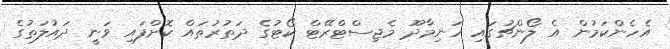
އެހެންކަމުން އެ ލޯންޗުގައި ހަނިމާދޫ މެޖިސްޓްރޭޓް ކޯޓުގެ ދަތުރުތައް ކޮށްފައި ވަނީ ދައުލަތުގެ